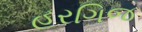
હરગિજ